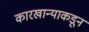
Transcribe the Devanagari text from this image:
कारखान्याकडून